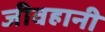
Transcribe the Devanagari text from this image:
जीवहानी